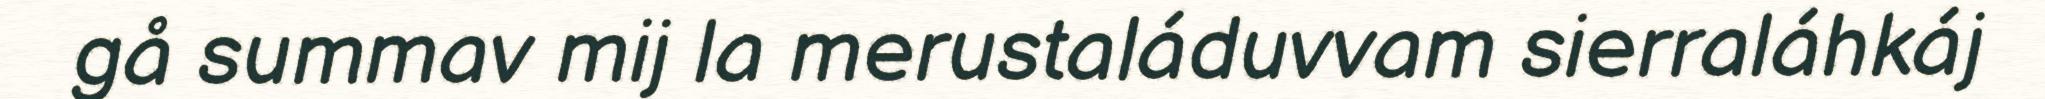
gå summav mij la merustaláduvvam sierraláhkáj